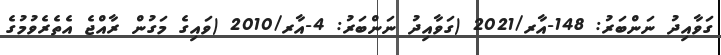
ގަވާއިދު ނަންބަރު: 148-އާރ/2021 (ގަވާއިދު ނަންބަރު: 4-އާރ/2010 (ވައިގެ މަގުން ރާއްޖެ އެތެރެވުމުގެ